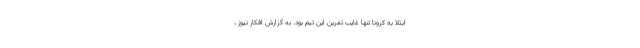
ابتلا به کرونا تنها غایب تمرین این تیم بود. به گزارش افکار نیوز ،